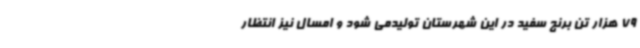
79 هزار تن برنج سفید در این شهرستان تولیدمی شود و امسال نیز انتظار